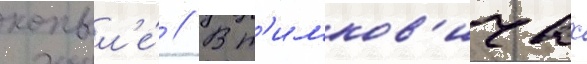
копыл'е́ // В т'имков'ичах